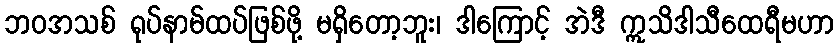
ဘဝအသစ် ရုပ်နာမ်ထပ်ဖြစ်ဖို့ မရှိတော့ဘူး၊ ဒါကြောင့် အဲဒီ ဣသိဒါသီထေရီမဟာ